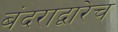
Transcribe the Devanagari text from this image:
बंदराद्वारेच